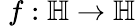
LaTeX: \; f:\mathbb{H}\to\mathbb{H}